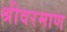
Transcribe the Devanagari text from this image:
श्रीवरमाण